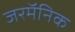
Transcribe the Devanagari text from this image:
जरमॅनिक